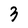
Character: 3